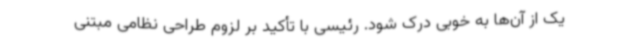
یک از آن‌ها به خوبی درک شود. رئیسی با تأکید بر لزوم طراحی نظامی مبتنی